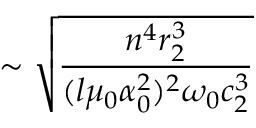
\sim \sqrt { \frac { n ^ { 4 } r _ { 2 } ^ { 3 } } { ( l \mu _ { 0 } \alpha _ { 0 } ^ { 2 } ) ^ { 2 } \omega _ { 0 } c _ { 2 } ^ { 3 } } }